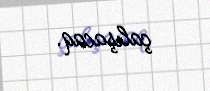
çalışacaq.